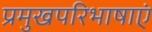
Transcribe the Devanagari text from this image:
प्रमुखपरिभाषाएं